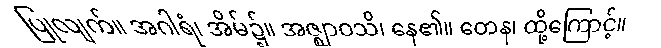
ပြုလျက်။ အဂါရံ၊ အိမ်၌။ အဇ္ဈာဝသိ၊ နေ၏။ တေန၊ ထို့ကြောင့်။